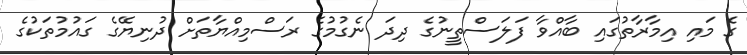
ގެ މައި އިމާރާތުގައި ބާއްވާ ފަލަސްތީނުގެ ދިދަ ނެގުމުގެ ރަސްމިއްޔާތަށް ދުނިޔޭގެ ގައުމުތަކުގެ